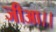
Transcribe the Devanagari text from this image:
जीआ।।